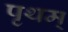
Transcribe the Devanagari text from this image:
पृथम्‌